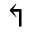
\Lsh